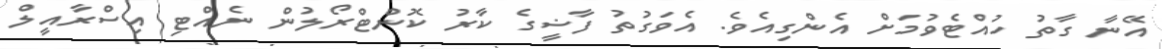
އޭނާ ގާތު ހުއްޓެވުމަށް އެންގިއެވެ. އެވަގުތު ފާޟީގެ ކާރު ކޮންޓްރޯލުން ނެއްޓި އިސްރާއީލް